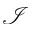
\mathcal { I }